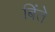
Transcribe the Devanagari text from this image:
बिंते